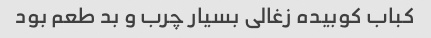
کباب کوبیده زغالی بسیار چرب و بد طعم بود